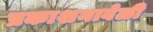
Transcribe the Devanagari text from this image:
प्रकाशनावेळी